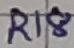
Text: R18